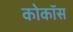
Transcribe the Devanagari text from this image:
कोकॉस